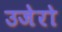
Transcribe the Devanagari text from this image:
उजेरो